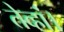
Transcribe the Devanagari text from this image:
तेव्हां।